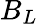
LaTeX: B_{L}